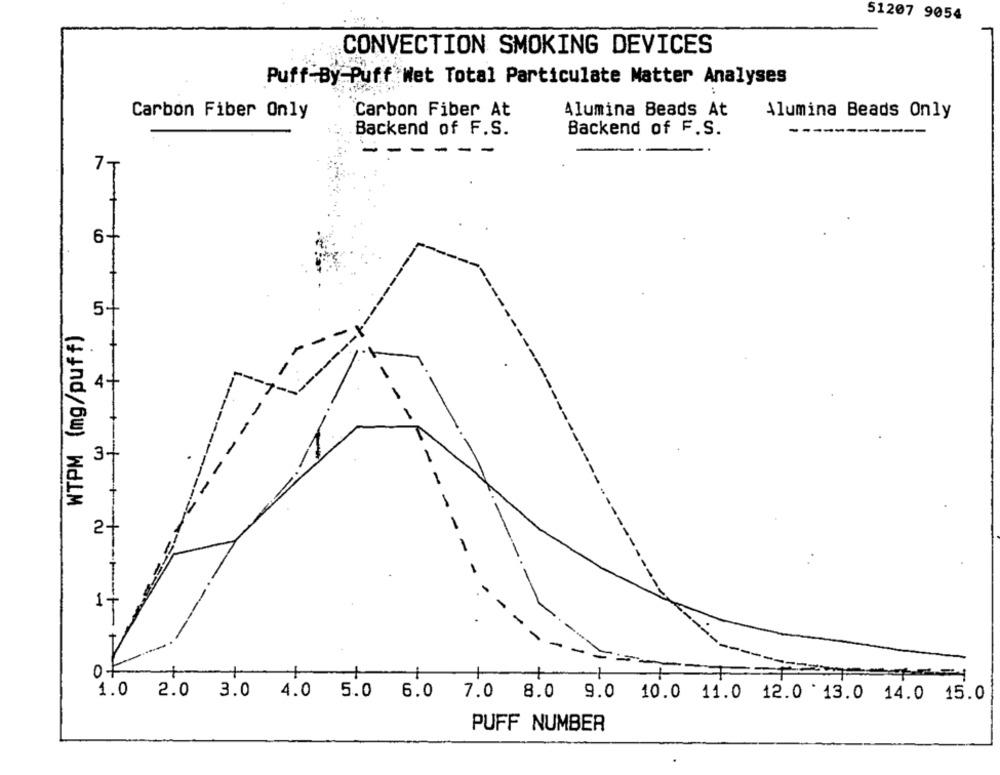
51207 9054
CONVECTION SMOKING DEVICES
Puff-By-Puff Wet Total Particulate Matter Analyses
Carbon Fiber Only
Carbon Fiber At
Alumina Beads At
Alumina Beads Only
Backend of F.S.
Backend of F.S.
- -
--
- -
7 T
6+
5+
WTPM (mg/puff)
-+
4+
3+
-
-
2+
1+
1
1.0 2.0 3.0 4.0 5.0 6.0 7.0 8.0 9.0 10.0 11.0 12.0 '13.0 14.0 15.0
PUFF NUMBER